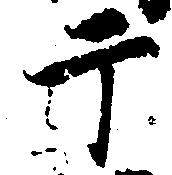
于